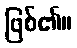
ဖြစ်၏။